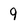
Character: 9